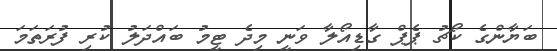
ބަޔާންގެ ކޯޗު ޕެޕް ގާޑިއޯލާ ވަނީ މިދެ ޓީމު ބައްދަލު ކުރި ފުރަތަމަ